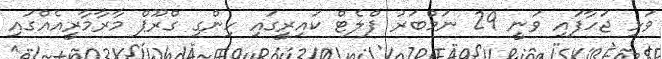
ވަޅި ޖަހާފައި ވަނީ 29 ނަމްބަރު ފްލެޓް ކައިރީގައި ހިންގި ގްރޫޕް މާރާމާރީއެއްގައި